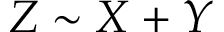
Z \sim X + Y